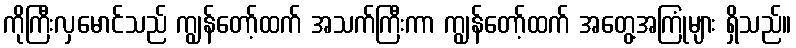
ကိုကြီးလှမောင်သည် ကျွန်တော့်ထက် အသက်ကြီးကာ ကျွန်တော့်ထက် အတွေ့အကြုံများ ရှိသည်။